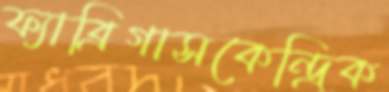
ফ্যাব্রিগাসকেন্দ্রিক